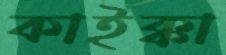
কাইক্কা